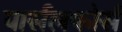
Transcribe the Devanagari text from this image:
पार्सलफोर्स